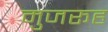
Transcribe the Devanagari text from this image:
मुजरूह